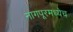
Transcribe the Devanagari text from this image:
नागपूरमध्येच